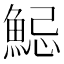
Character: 𩷱